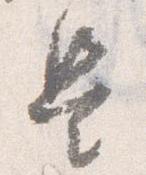
是